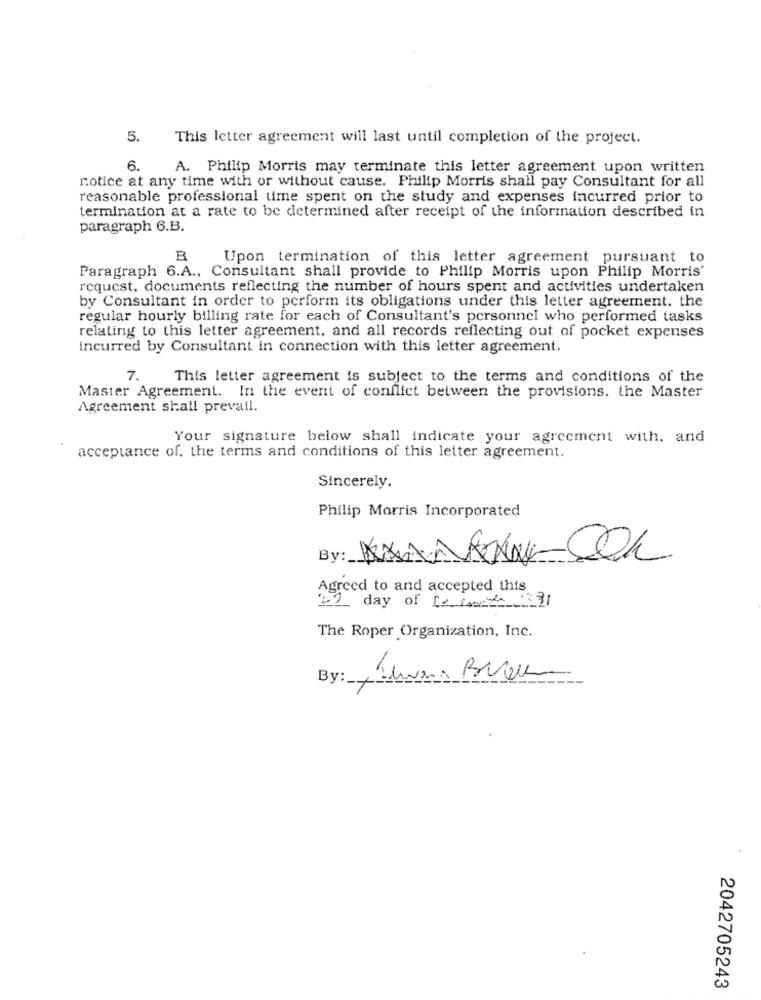
5.
This letter agreement will last until completion of the project.
6.
A. Philip Morris may terminate this letter agreement upon written
notice at any time with or without cause. Philip Morris shall pay Consultant for all
reasonable professional time spent on the study and expenses incurred prior to
termination at a rate to be determined after receipt of the information described in
paragraph 6.B.
B
Upon termination of this letter agreement pursuant to
Paragraph 6.A ., Consultant shall provide to Philip Morris upon Philip Morris'
request, documents reflecting the number of hours spent and activities undertaken
by Consultant in order to perform its obligations under this letter agreement. the
regular hourly billing rate for each of Consultant's personnel who performed tasks
relating to this letter agreement, and all records reflecting out of pocket expenses
incurred by Consultant in connection with this letter agreement.
7.
This letter agreement is subject to the terms and conditions of the
Master Agreement. In the event of conflict between the provisions. the Master
Agreement shall prevail.
Your signature below shall indicate your agreement with. and
acceptance of, the terms and conditions of this letter agreement.
Sincerely.
Philip Morris Incorporated
By:
Agreed to and accepted this
02 day of (vid 1391
The Roper Organization, Inc.
By :__
2042705243